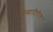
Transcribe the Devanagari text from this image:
गोव्यातीतील